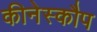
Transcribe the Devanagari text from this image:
कीनेस्कौप